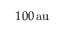
1 0 0 { \mathrm { \, a u } }